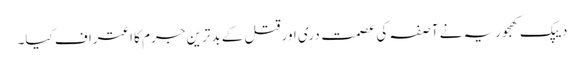
دیپک کھجوریہ نے آصفہ کی عصمت دری اور قتل کے بدترین جرم کا اعتراف کیا۔